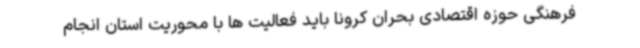
فرهنگی حوزه اقتصادی بحران کرونا باید فعالیت ها با محوریت استان انجام